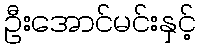
ဦးအောင်မင်းနှင့်